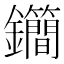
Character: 𨰝